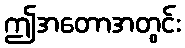
ဤအတောအတွင်း